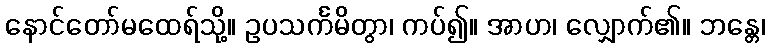
နောင်တော်မထေရ်သို့။ ဥပသင်္ကမိတွာ၊ ကပ်၍။ အာဟ၊ လျှောက်၏။ ဘန္တေ၊